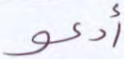
أدعو